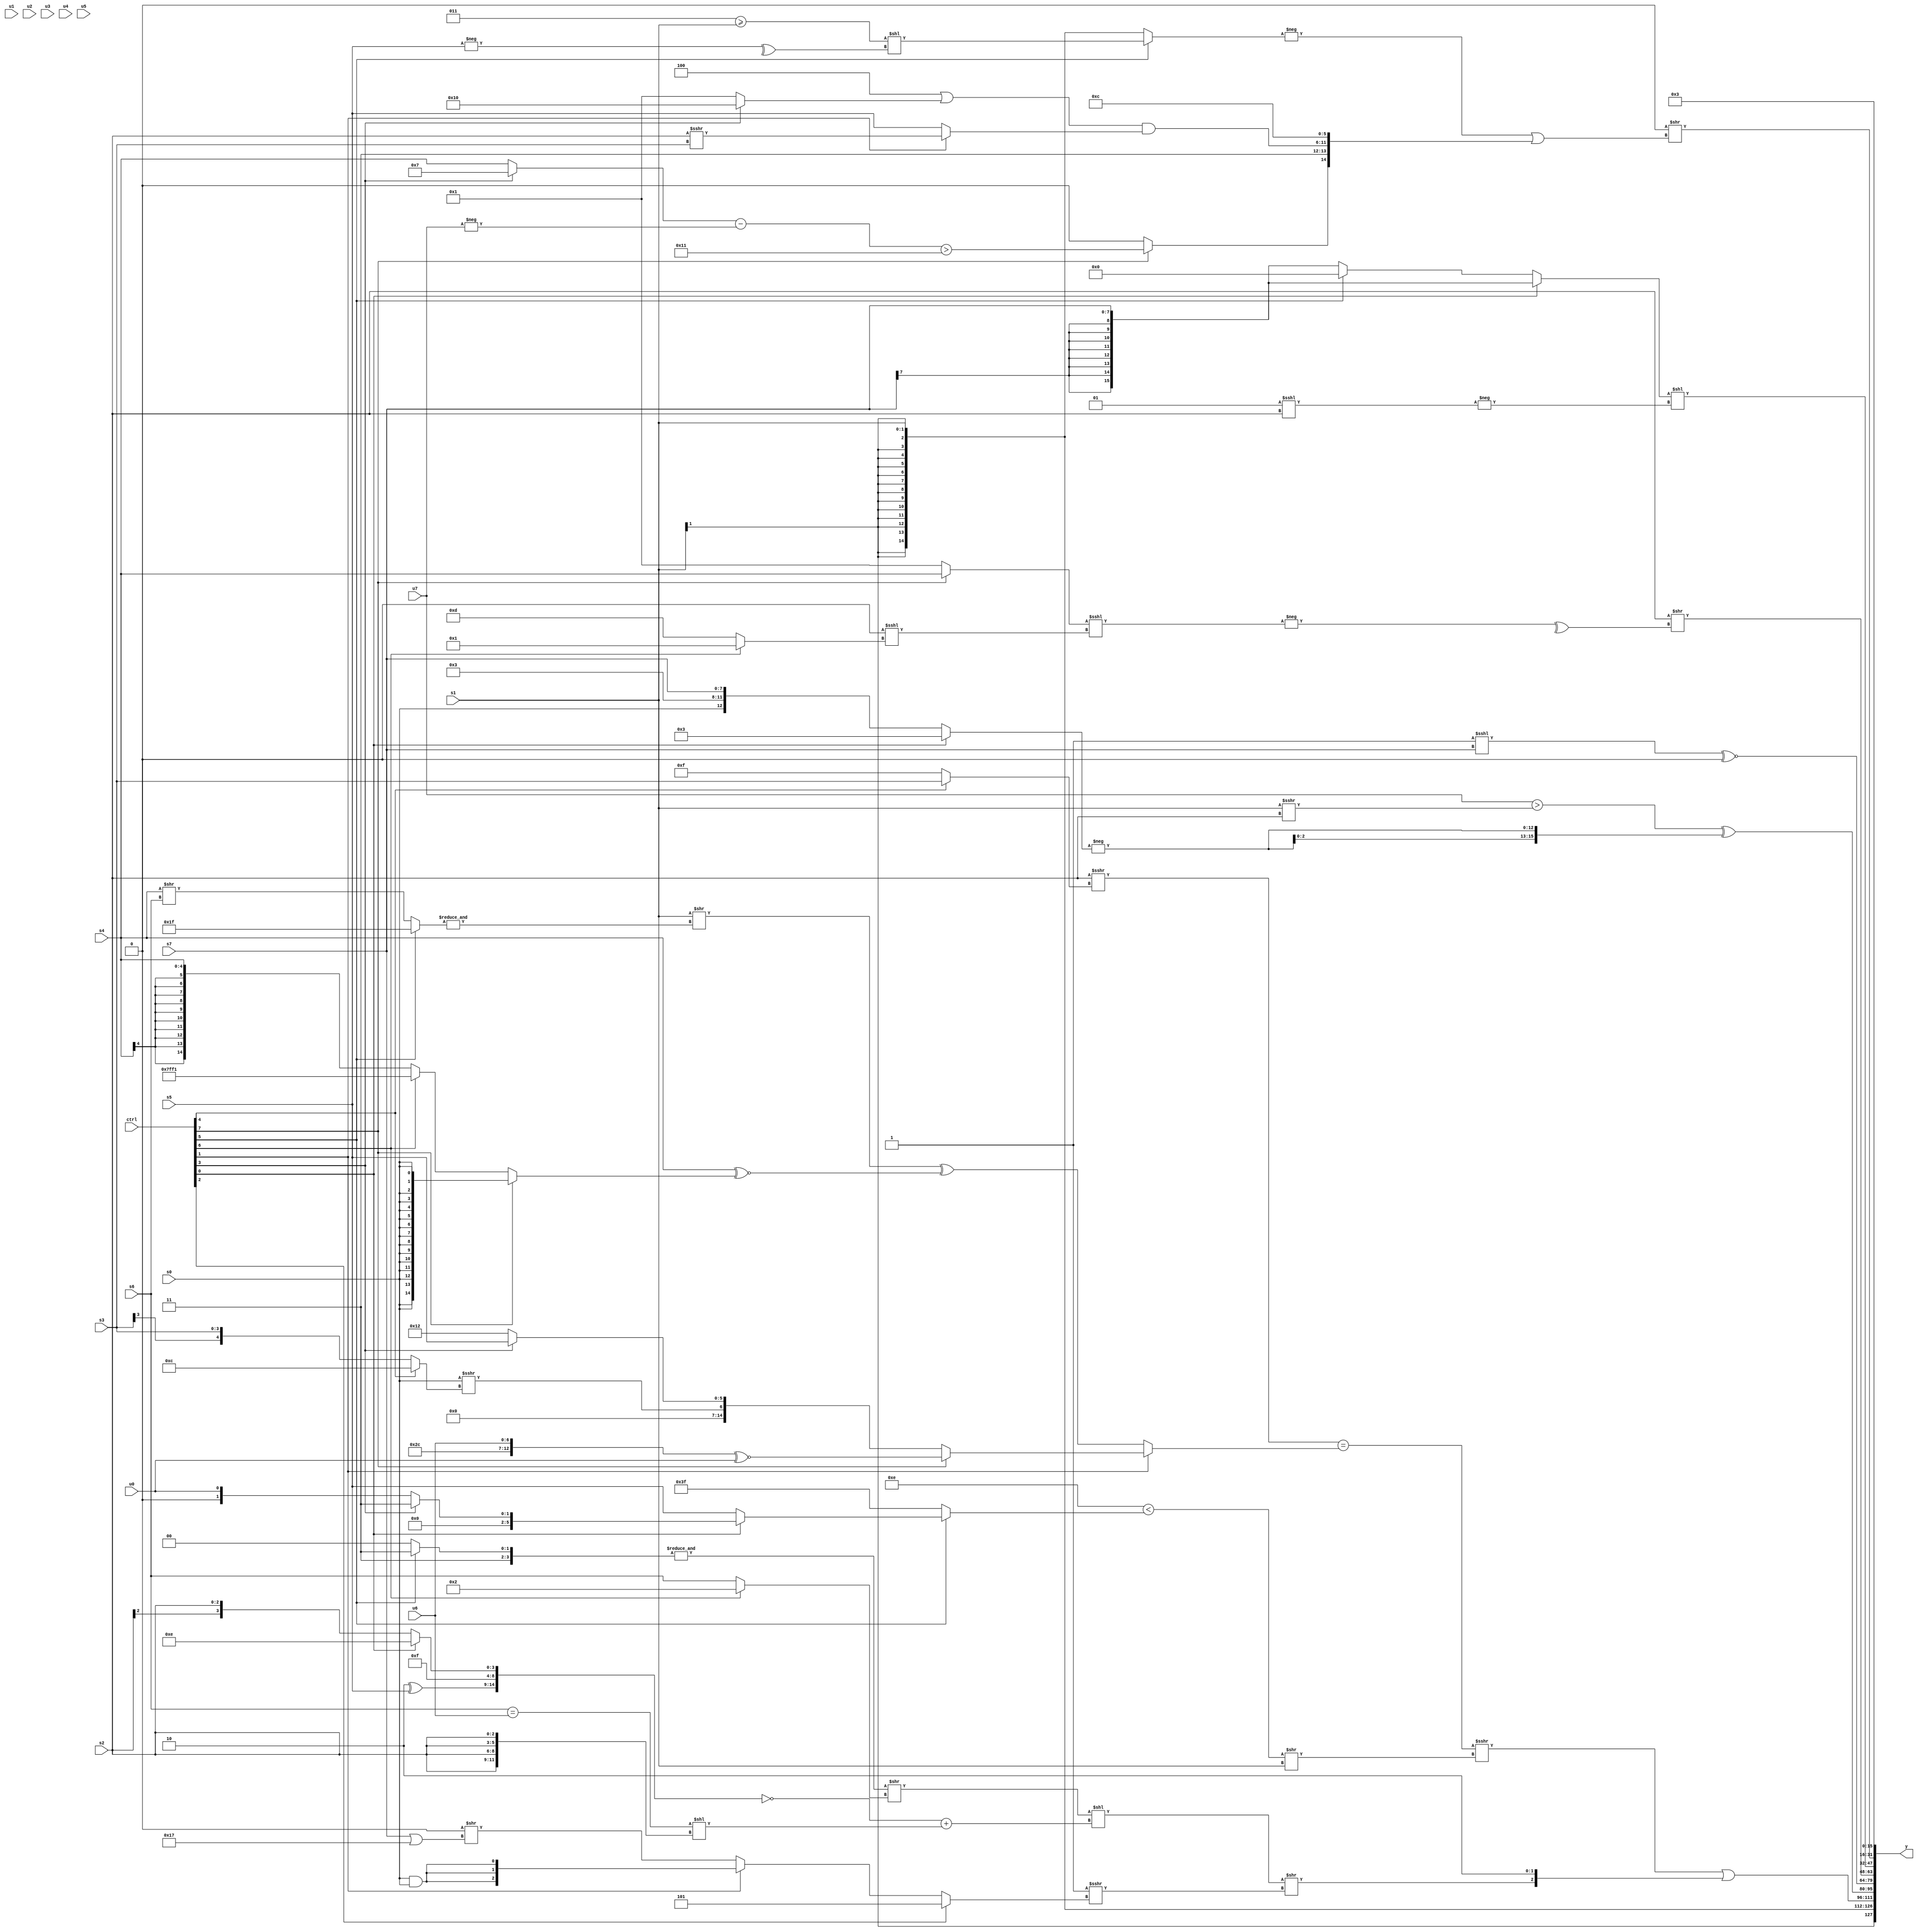
module wideexpr_00538(ctrl, u0, u1, u2, u3, u4, u5, u6, u7, s0, s1, s2, s3, s4, s5, s6, s7, y);
  input [7:0] ctrl;
  input [0:0] u0;
  input [1:0] u1;
  input [2:0] u2;
  input [3:0] u3;
  input [4:0] u4;
  input [5:0] u5;
  input [6:0] u6;
  input [7:0] u7;
  input signed [0:0] s0;
  input signed [1:0] s1;
  input signed [2:0] s2;
  input signed [3:0] s3;
  input signed [4:0] s4;
  input signed [5:0] s5;
  input signed [6:0] s6;
  input signed [7:0] s7;
  output [127:0] y;
  wire [15:0] y0;
  wire [15:0] y1;
  wire [15:0] y2;
  wire [15:0] y3;
  wire [15:0] y4;
  wire [15:0] y5;
  wire [15:0] y6;
  wire [15:0] y7;
  assign y = {y0,y1,y2,y3,y4,y5,y6,y7};
  assign y0 = s1;
  assign y1 = ((((s2)>>>((ctrl[4]?s3:3'sb111)))==((ctrl[1]?$signed((ctrl[7]?({(6'sb001010)+(3'sb001),(3'b111)<=(1'sb1),(s0)<<(5'sb10111),u6})^~(u0):{(s0)>>>((ctrl[4]?5'sb01100:s3)),(ctrl[3]?(ctrl[3]?s5:1'sb0):6'sb010010)})):((s1)>>(&((ctrl[5]?(2'sb11)>>>(6'sb010100):(s4)>>(s6)))))^((s4)^~((ctrl[7]?s0:(ctrl[6]?$signed(6'sb110001):$signed(s4))))))))>>>(($signed((5'sb01110)<((ctrl[5]?(ctrl[0]?$signed((ctrl[3]?3'b011:u0)):s5):3'sb111))))>>(s1)))|({(+(((&({(ctrl[5]?3'sb111:4'sb1100)}))>>((ctrl[6]?4'sb0010:+($signed(s6)))))<<((~({(2'sb10)^(s5),~&(1'b1),{4{1'b1}},(ctrl[0]?4'sb1110:s2)}))+(((s6)==(u6))<<($signed({4{s2}}))))))>>((2'sb11)>>>((ctrl[2]?$signed(3'sb101):(ctrl[1]?(s0)&(s0):+((2'sb00)>>((s7)|(5'sb10111))))))),-($signed(2'b10))});
  assign y2 = ((u7)>((s1)>>>($signed(s2))))^({2{-((ctrl[0]?{2'sb00,6'sb000011}:{s0,4'sb0011,s7}))}});
  assign y3 = ((1'b1)<<<(s7))^~(2'sb00);
  assign y4 = (s2)>>(^(-(+(((ctrl[7]?s4:2'b01))<<<(((4'sb0010)>>>(5'sb11111))<<<((ctrl[6]?1'sb1:4'b1101)))))));
  assign y5 = (+((ctrl[0]?s7:(ctrl[5]?$signed(2'sb00):$signed(s7)))))<<(-($signed(+((3'sb001)<<<(s2)))));
  assign y6 = ($signed(-(1'sb0)))>>((-((ctrl[5]?($signed((+(3'sb011))>=(s1)))<<(^(-($signed(s5)))):s1)))|($signed({(ctrl[7]?(((ctrl[3]?6'sb000111:s4))-(-(u7)))>((2'sb01)|((3'sb010)+(4'sb1111))):{1{-(!(6'b110100))}}),{2{(3'sb000)<=($signed({1'sb0,2'b01,1'sb0,5'sb11101}))}},(((3'sb100)|((ctrl[3]?5'sb10000:4'sb0001)))&((ctrl[1]?(s2)>>>(s3):s5)))>>($signed(3'sb000)),6'sb001100})));
  assign y7 = 2'b11;
endmodule